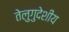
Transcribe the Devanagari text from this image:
तेलुगुदेशीय